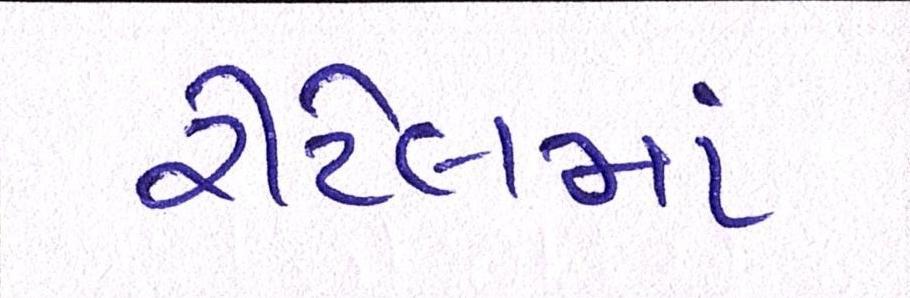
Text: રીટેલમાં